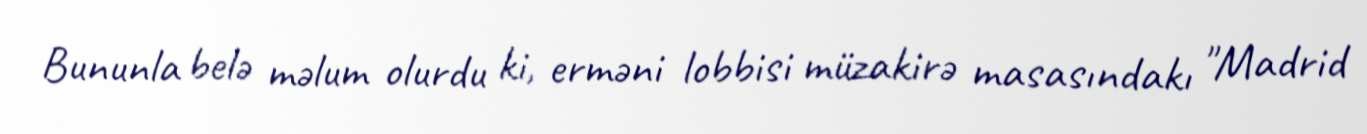
Bununla belə məlum olurdu ki, erməni lobbisi müzakirə masasındakı "Madrid